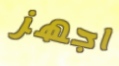
اجهز